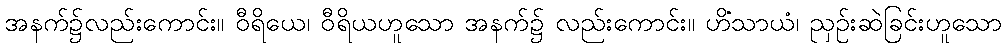
အနက်၌လည်းကောင်း။ ဝီရိယေ၊ ဝီရိယဟူသော အနက်၌ လည်းကောင်း။ ဟိံသာယံ၊ ညှဉ်းဆဲခြင်းဟူသော